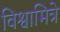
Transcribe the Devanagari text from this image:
विश्वामित्रे